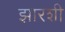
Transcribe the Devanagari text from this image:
झारशी